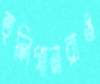
হুলিগানরাও